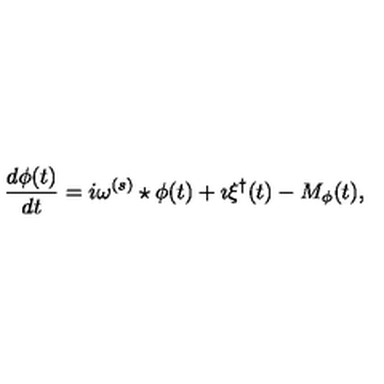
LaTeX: \frac { d \phi ( t ) } { d t } = i \omega ^ { ( s ) } \star \phi ( t ) + \imath \xi ^ { \dagger } ( t ) - M _ { \phi } ( t ) ,